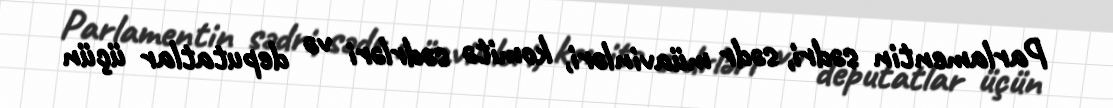
Parlamentin sədri, sədr müavinləri, komitə sədrləri və deputatlar üçün